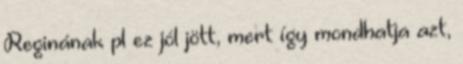
Reginának pl ez jól jött, mert így mondhatja azt,